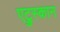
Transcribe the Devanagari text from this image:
एट्रुस्कान